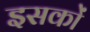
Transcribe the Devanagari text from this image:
इसकों